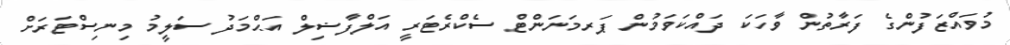
މުވައްޒަފުންގެ ފަރާތުން ވާހަކަ ދައްކަވަމުން ޕަރމަނަންޓް ސެކްރެޓަރީ އަލްފާޟިލް އަޙްމަދު ސަލީމު މިނިސްޓަރަށް